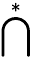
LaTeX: \bigcap^{*}